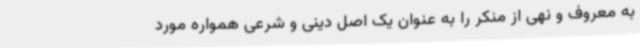
به معروف و نهی از منکر را به عنوان یک اصل دینی و شرعی همواره مورد